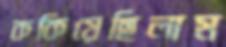
ককিয়েছিলাম